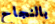
بالنجاح